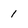
Character: 1